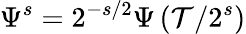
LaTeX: \Psi^{s}=2^{-s/2}\Psi\left(\mathcal{T}/2^{s}\right)